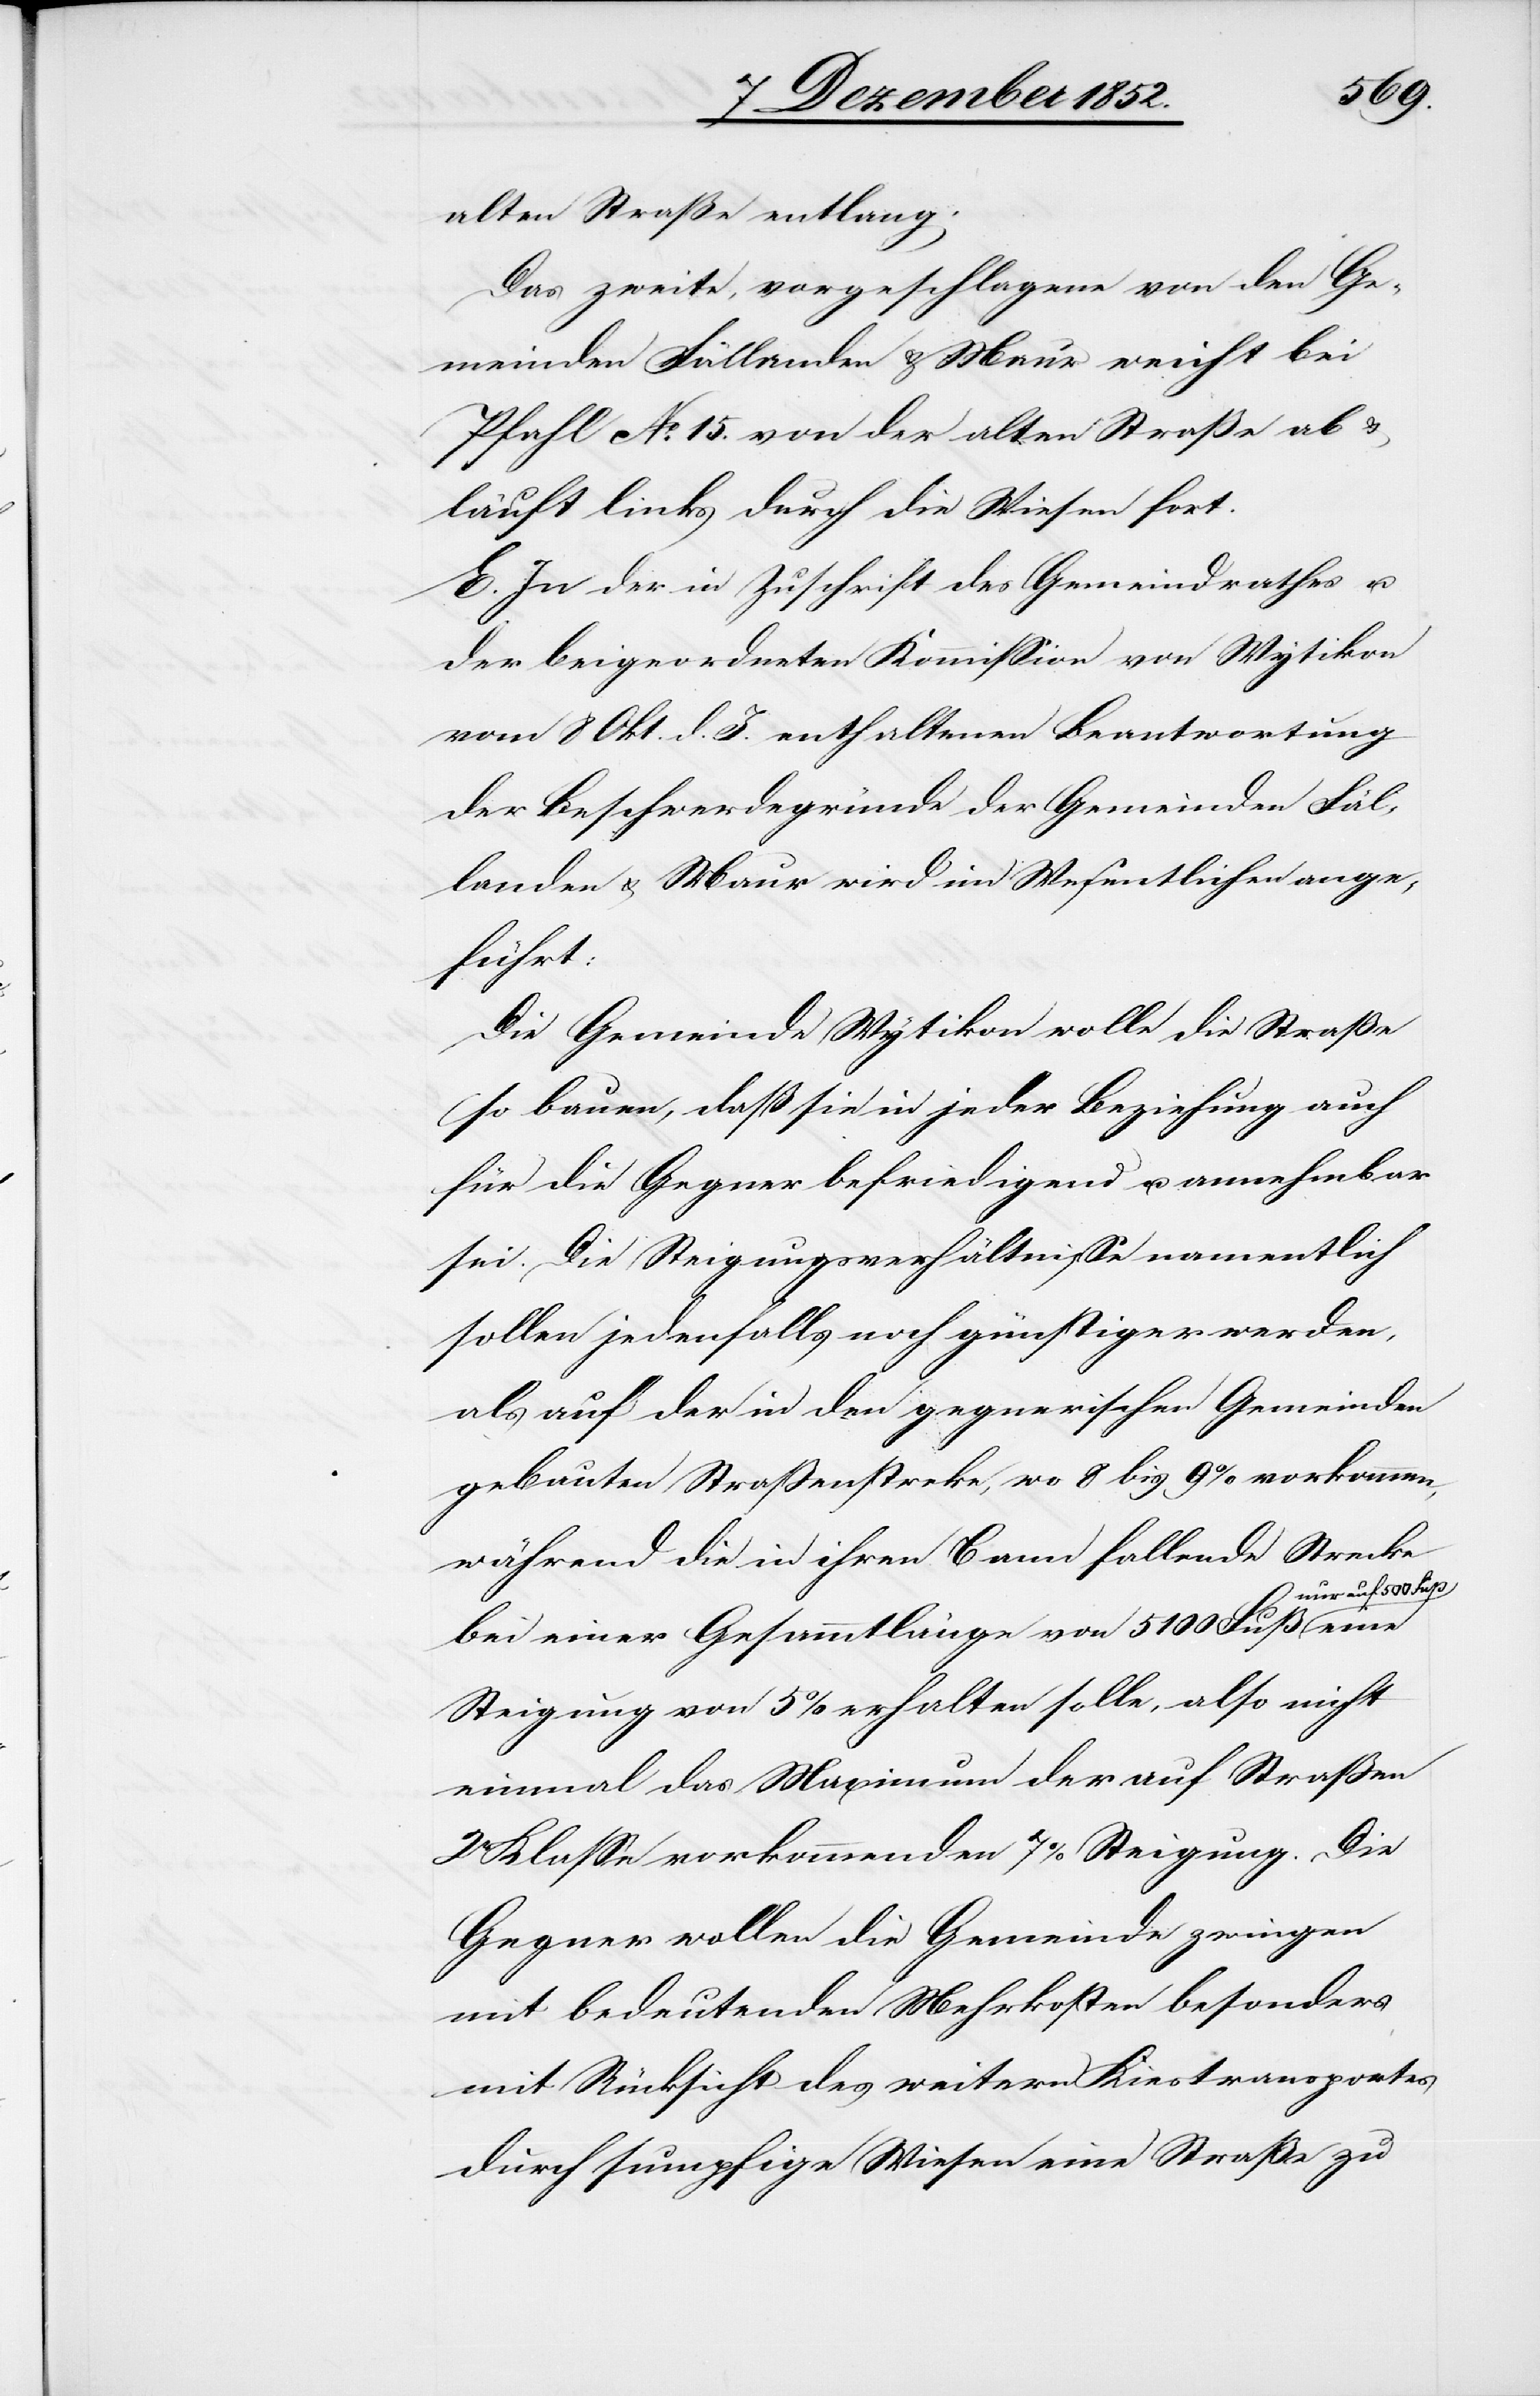
alten Straße entlang.
Das zweite, vorgeschlagene von den Ge¬
meinden Fällanden & Maur weicht bei
Pfahl No. 15. von der alten Straße ab &
läuft links durch die Wiesen fort.
E. In der in Zuschrift des Gemeindrathes u.
der beigeordneten Kommission von Wytikon
vom 8 Okt. d. J. enthaltenen Beantwortung
der Beschwerdegründe der Gemeinden Fäl¬
landen & Maur wird im Wesentlichen ange¬
führt:
Die Gemeinde Wytikon wolle die Straße
so bauen, daß sie in jeder Beziehung auch
für die Gegner befriedigend u. annehmbar
sei. Die Steigungsverhältnisse namentlich
sollen jedenfalls noch günstiger werden,
als auf der in den gegnerischen Gemeinden
gebauten Straßenstrecke, wo 8 bis 9% vorkommen,
während die in ihren Bann fallende Strecke
ur auf 500 Fuß
bei einer Gesammtlänge von 5100 Fuß n¬
Steigung von 5% erhalten solle, also nicht
einmal das Maximum der auf Straßen
2r Klasse vorkommenden 7% Steigung. Die
Gegner wollen die Gemeinde zwingen
mit bedeutenden Mehrkosten besonders
mit Rücksicht des weitern Kiestransportes
durch sumpfige Wiesen eine Straße zu